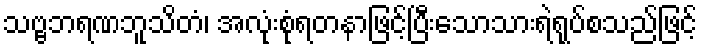
သဗ္ဗဘရဏဘူသိတံ၊ အလုံးစုံရတနာဖြင့်ပြီးသောသားရဲရုပ်စသည်ဖြင့်